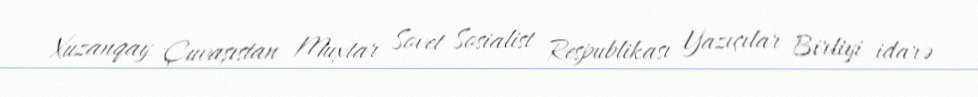
Xuzanqay Çuvaşıstan Muxtar Sovet Sosialist Respublikası Yazıçılar Birliyi idarə